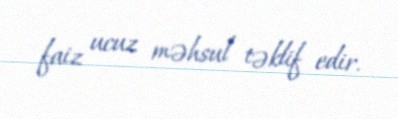
faiz ucuz məhsul təklif edir.